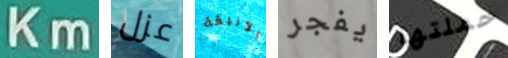
Km عزل الأنيقة يفجر حملتها